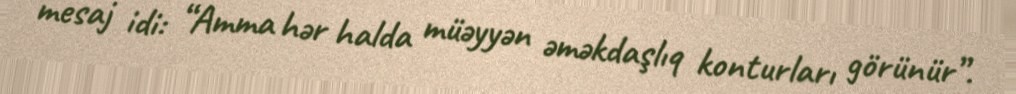
mesaj idi: “Amma hər halda müəyyən əməkdaşlıq konturları görünür”.